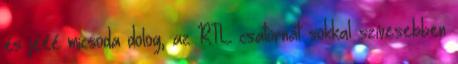
és jééé micsoda dolog, az RTL csatornát sokkal szívesebben